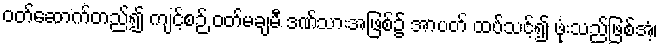
ဝတ်ဆောက်တည်၍ ကျင့်စဉ် ဝတ်မချမီ ဒဏ်သားအဖြစ်၌ အာပတ် ထပ်သင့်၍ ဖုံးသည်ဖြစ်အံ့၊